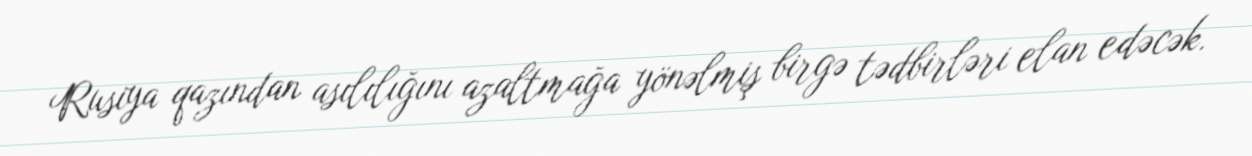
Rusiya qazından asılılığını azaltmağa yönəlmiş birgə tədbirləri elan edəcək.